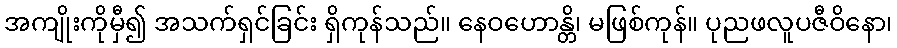
အကျိုးကိုမှီ၍ အသက်ရှင်ခြင်း ရှိကုန်သည်။ နေဝဟောန္တိ၊ မဖြစ်ကုန်။ ပုညဖလူပဇီဝိနော၊